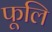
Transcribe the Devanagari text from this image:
फूलि